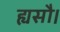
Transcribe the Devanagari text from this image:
ह्यसौ।